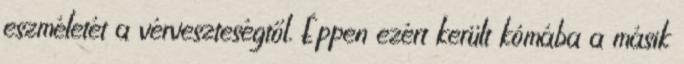
eszméletét a vérveszteségtől. Éppen ezért került kómába a másik